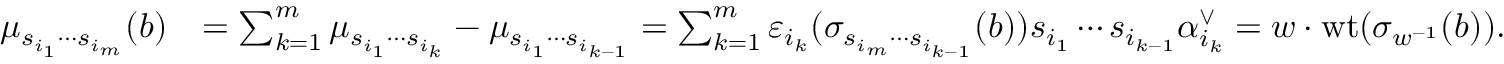
\begin{array} { r l } { \mu _ { s _ { i _ { 1 } } \cdots s _ { i _ { m } } } ( b ) } & { = \sum _ { k = 1 } ^ { m } \mu _ { s _ { i _ { 1 } } \cdots s _ { i _ { k } } } - \mu _ { s _ { i _ { 1 } } \cdots s _ { i _ { k - 1 } } } = \sum _ { k = 1 } ^ { m } { \varepsilon } _ { i _ { k } } ( \sigma _ { s _ { i _ { m } } \cdots s _ { i _ { k - 1 } } } ( b ) ) s _ { i _ { 1 } } \cdots s _ { i _ { k - 1 } } \alpha _ { i _ { k } } ^ { \vee } = w \cdot { \operatorname { w t } } ( \sigma _ { w ^ { - 1 } } ( b ) ) . } \end{array}